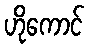
ဟိုကောင်